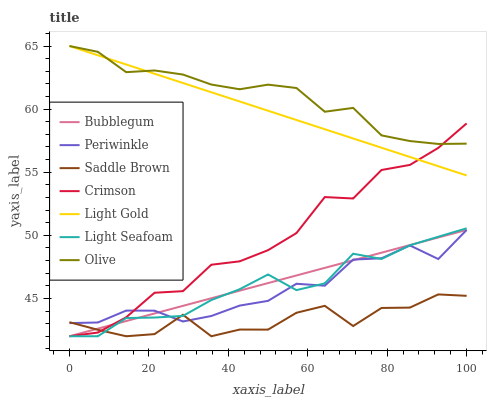
| xaxis_label | Bubblegum | Periwinkle | Saddle Brown | Crimson | Light Gold | Light Seafoam | Olive |
 | --- | --- | --- | --- | --- | --- | --- | --- |
 | 0 | 42 | 43 | 43.1 | 42 | 65 | 42 | 65 |
 | 7.14 | 42.6 | 43.1 | 42.5 | 42.3 | 64.3 | 42 | 64.5 |
 | 14.3 | 43.2 | 44 | 42 | 43.5 | 63.5 | 43.4 | 62.9 |
 | 21.4 | 43.8 | 44 | 42.2 | 45.4 | 62.8 | 43.5 | 63.1 |
 | 28.6 | 44.4 | 43.2 | 43.7 | 45.6 | 62.1 | 43.6 | 62.7 |
 | 35.7 | 45 | 43.6 | 42 | 47.7 | 61.3 | 44.9 | 61.9 |
 | 42.9 | 45.6 | 44.4 | 42.5 | 47.9 | 60.6 | 45.7 | 61.6 |
 | 50 | 46.2 | 44.8 | 42.5 | 48.8 | 59.9 | 46.9 | 61.9 |
 | 57.1 | 46.8 | 46.2 | 43.9 | 50.2 | 59.1 | 45.7 | 61.7 |
 | 64.3 | 47.4 | 46 | 44.4 | 53 | 58.4 | 46.2 | 59.8 |
 | 71.4 | 48 | 48.1 | 42.8 | 52.9 | 57.7 | 48.5 | 60.1 |
 | 78.6 | 48.6 | 48.2 | 44.2 | 55.2 | 56.9 | 48.1 | 57.9 |
 | 85.7 | 49.2 | 49.2 | 44.3 | 55.6 | 56.2 | 49.2 | 57.5 |
 | 92.9 | 49.8 | 48.1 | 45.3 | 56.9 | 55.5 | 49.9 | 57.2 |
 | 100 | 50.4 | 50.4 | 45.2 | 58.9 | 54.7 | 50.6 | 57.3 |